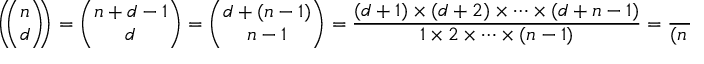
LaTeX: \left( \! \! { \binom { n } { d } } \! \! \right) = { \binom { n + d - 1 } { d } } = { \binom { d + ( n - 1 ) } { n - 1 } } = { \frac { ( d + 1 ) \times ( d + 2 ) \times \cdots \times ( d + n - 1 ) } { 1 \times 2 \times \cdots \times ( n - 1 ) } } = { \frac { 1 } { ( n - 1 ) ! } } ( d + 1 ) ^ { \overline { { n - 1 } } } .